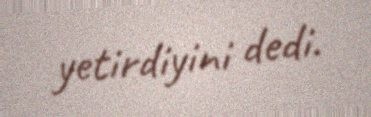
yetirdiyini dedi.